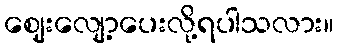
ဈေးလျော့ပေးလို့ရပါသလား။